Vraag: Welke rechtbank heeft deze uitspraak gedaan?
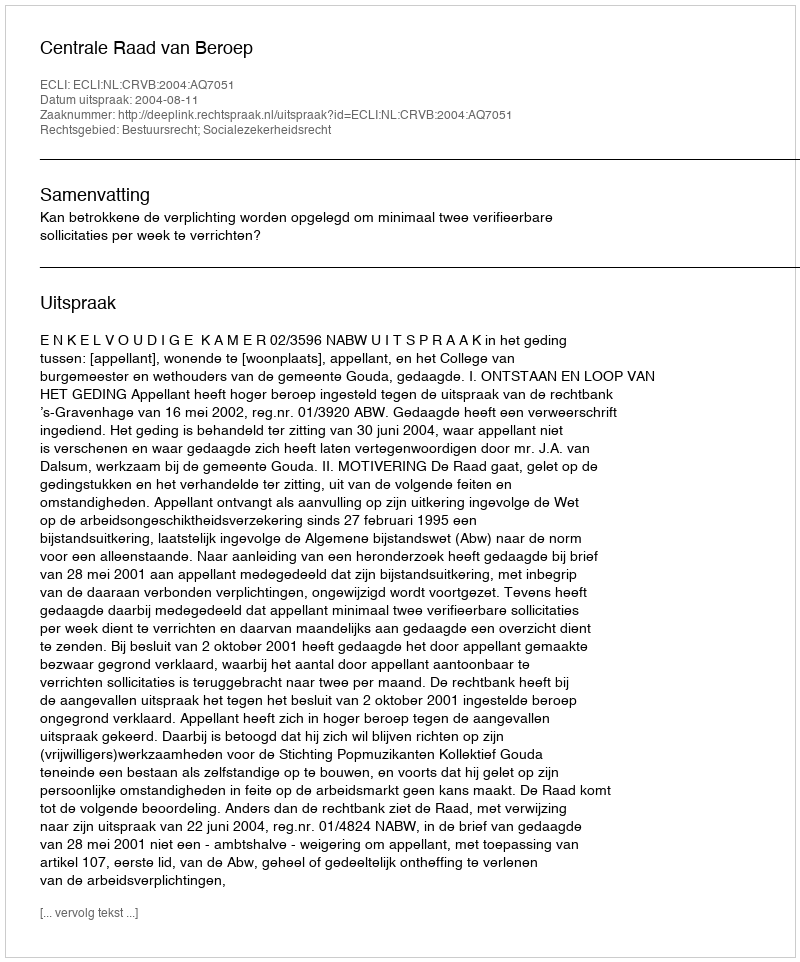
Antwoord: Centrale Raad van Beroep